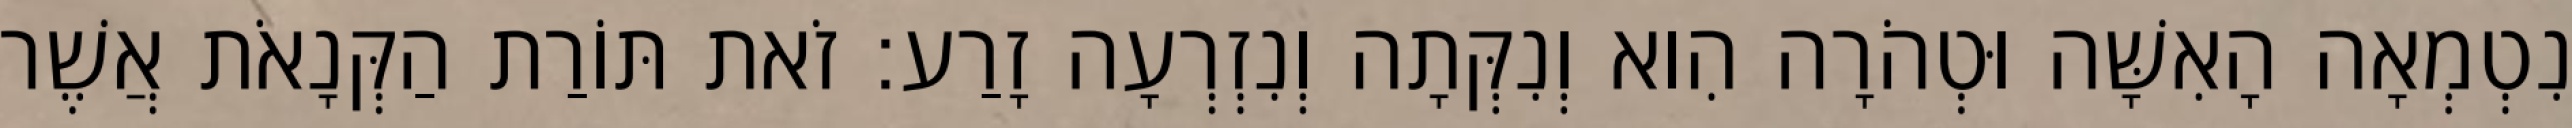
נִטְמְאָה הָאִשָּׁה וּטְהֹרָה הִוא וְנִקְּתָה וְנִזְרְעָה זָרַע׃ זֹאת תּוֹרַת הַקְּנָאֹת אֲשֶׁר